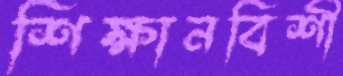
শিক্ষানবিশী